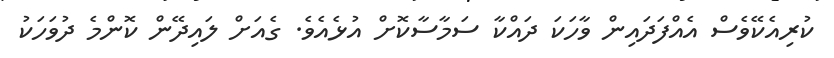
ކުރިއެކޭވެސް އެއްފަދައިން ވާހަކަ ދައްކާ ސަމާސާކޮށް އުޅެއެވެ. ގެއަށް ލައިދޭން ކޮންމެ ދުވަހަކު